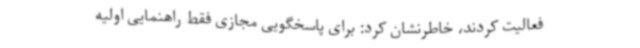
فعالیت کردند، خاطرنشان کرد: برای پاسخگویی مجازی فقط راهنمایی اولیه